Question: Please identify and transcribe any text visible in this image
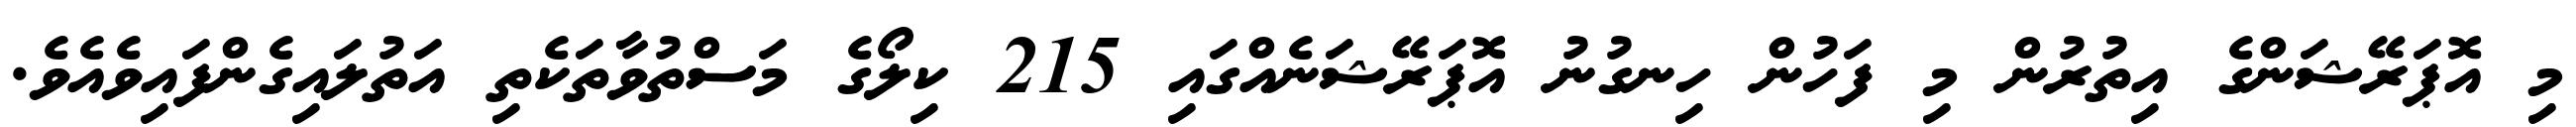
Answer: މި އޮޕަރޭޝަންގެ އިތުރުން މި ފަހުން ހިނގުނު އޮޕަރޭޝަނެއްގައި 215 ކިލޯގެ މަސްތުވާތަކެތި އަތުލައިގެންފައިވެއެވެ.